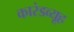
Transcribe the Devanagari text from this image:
कारंडव्यूह